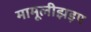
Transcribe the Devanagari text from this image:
मामूलीझड़प